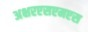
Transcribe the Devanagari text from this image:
अक्षरएसएमएस